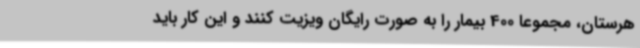
هرستان، مجموعا 400 بیمار را به صورت رایگان ویزیت کنند و این کار باید